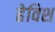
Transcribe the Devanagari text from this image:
हेविश